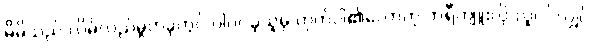
မိမိသည် လိမ်လည်မှုတခုတွင် ပါဝင်ခဲ့သူမှ ဟုတ်ပါ၏လောဟု ဘရီကျူးလို လူပင်လျှင်